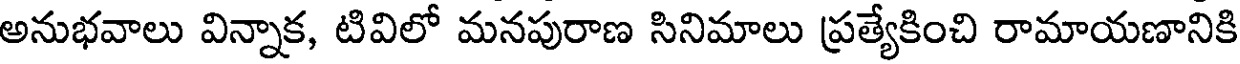
అనుభవాలు విన్నాక, టివిలో మనపురాణ సినిమాలు ప్రత్యేకించి రామాయణానికి